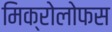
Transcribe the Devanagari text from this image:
मिक्रोलोफस